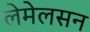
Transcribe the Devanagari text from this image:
लेमेलसन